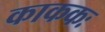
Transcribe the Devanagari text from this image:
काककः